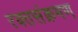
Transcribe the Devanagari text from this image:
रक्तसंक्रमण